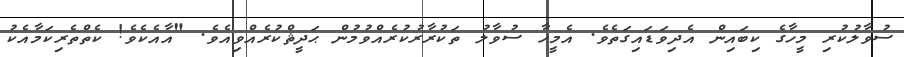
ސުވާލުކުރި މީހާގެ ކިބައިން އެދިވަޑައިގަތެވެ. އެމީހާ ސުވާލު ތަކުރާރުކުރެއްވުމުން ޙަދީޘްކުރެއްވިއެވެ. "އާއެކެވެ! ކެތްތެރިކަމާއެކު